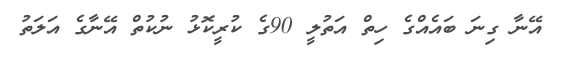
އޭނާ ގިނަ ބައެއްގެ ހިތް އަތުލީ 90ގެ ކުރީކޮޅު ނުކުތް އޭނާގެ އަލަތު